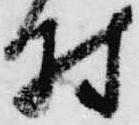
村